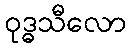
ဝုဒ္ဓသီလော